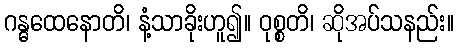
ဂန္ဓထေနောတိ၊ နံ့သာခိုးဟူ၍။ ဝုစ္စတိ၊ ဆိုအပ်သနည်း။